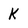
Character: k